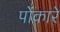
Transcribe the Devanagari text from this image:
पोंकारे